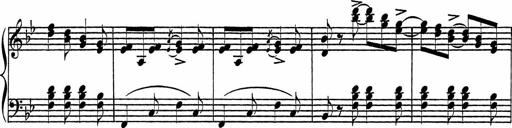
Title: Piano Sonatinas
Composer: Charles Fradel